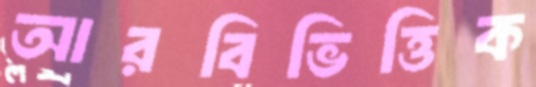
আরবিভিত্তিক